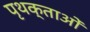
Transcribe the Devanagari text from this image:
पृथक्ताओं